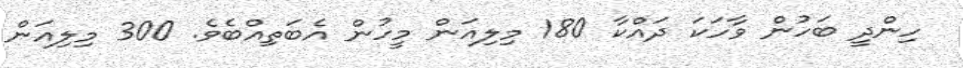
ހިންދީ ބަހުން ވާހަކަ ދައްކާ 180 މިލިއަން މީހުން އެބަތިއްބެވެ. 300 މިލިއަން